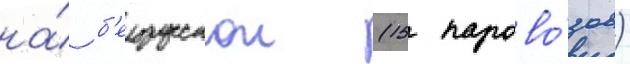
на́ б'елорусскои (15 парово́зов)